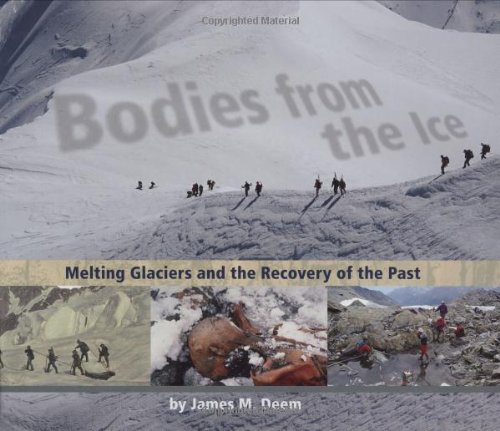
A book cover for Bodies from the Ice: Melting Glaciers and the Recovery of the Past; James M. Deem; Children's Books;